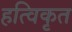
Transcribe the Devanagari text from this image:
हत्विकृत